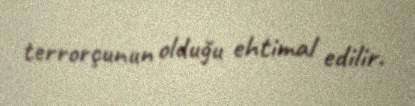
terrorçunun olduğu ehtimal edilir.